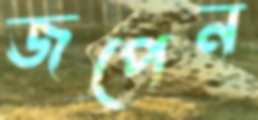
জপেন